Indian journal of veterinary science and animal husbandry - Volumes 18-21, 1948-1951
Year: 1948
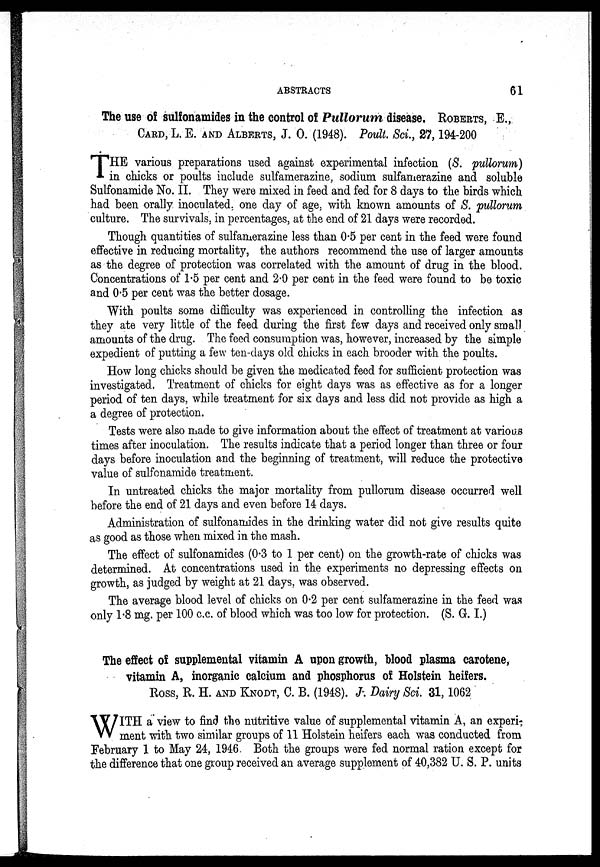
ABSTRACTS
61
The use of sulfonamides in the control of Pullorum disease. ROBERTS, E.,
CARD, L. E. AND ALBERTS, J. O. (1948). Poult. Sci., 27, 194-200
T HE various preparations used against experimental infection (S. pullorum)
in chicks or poults include sulfamerazine, sodium sulfamerazine and soluble
Sulfonamide No. II. They were mixed in feed and fed for 8 days to the birds which
had been orally inoculated, one day of age, with known amounts of S. pullorum
culture. The survivals, in percentages, at the end of 21 days were recorded.
Though quantities of sulfamerazine less than 0.5 per cent in the feed were found
effective in reducing mortality, the authors recommend the use of larger amounts
as the degree of protection was correlated with the amount of drug in the blood.
Concentrations of 1.5 per cent and 2.0 per cent in the feed were found to be toxic
and 0.5 per cent was the better dosage.
With poults some difficulty was experienced in controlling the infection as
they ate very little of the feed during the first few days and received only small
amounts of the drug. The feed consumption was, however, increased by the simple
expedient of putting a few ten-days old chicks in each brooder with the poults.
How long chicks should be given the medicated feed for sufficient protection was
investigated. Treatment of chicks for eight days was as effective as for a longer
period of ten days, while treatment for six days and less did not provide as high a
a degree of protection.
Tests were also made to give information about the effect of treatment at various
times after inoculation. The results indicate that a period longer than three or four
days before inoculation and the beginning of treatment, will reduce the protective
value of sulfonamide treatment.
In untreated chicks the major mortality from pullorum disease occurred well
before the end of 21 days and even before 14 days.
Administration of sulfonamides in the drinking water did not give results quite
as good as those when mixed in the mash.
The effect of sulfonamides (0.3 to 1 per cent) on the growth-rate of chicks was
determined. At concentrations used in the experiments no depressing effects on
growth, as judged by weight at 21 days, was observed.
The average blood level of chicks on 0.2 per cent sulfamerazine in the feed was
only 1.8 mg. per 100 c.c. of blood which was too low for protection. (S. G. I.)
The effect of supplemental vitamin A upon growth, blood plasma carotene,
vitamin A, inorganic calcium and phosphorus of Holstein heifers.
ROSS, R. H. AND KNODT, C. B. (1948). J. Dairy Sci. 31, 1062
W ITH a view to find the nutritive value of supplemental vitamin A, an experi-
ment with two similar groups of 11 Holstein heifers each was conducted from
February 1 to May 24, 1946. Both the groups were fed normal ration except for
the difference that one group received an average supplement of 40,382 U. S. P. units